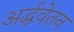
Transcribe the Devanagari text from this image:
अर्द्धवेतन